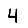
Digit: 4